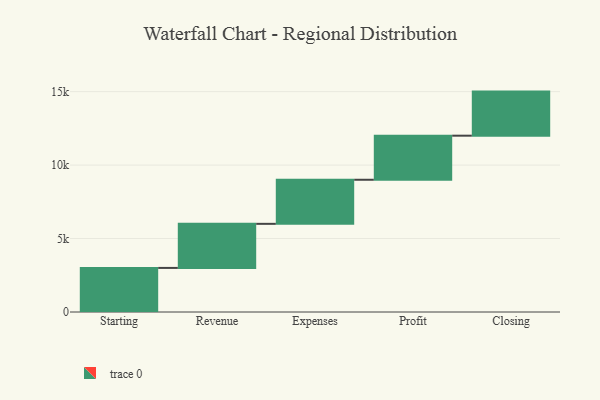
{"axis": {"x": "Step", "y": "Value"}, "legend": [""], "data": [{"x": "Starting", "y": 3000, "type": ""}, {"x": "Revenue", "y": 3000, "type": ""}, {"x": "Expenses", "y": 3000, "type": ""}, {"x": "Profit", "y": 3000, "type": ""}, {"x": "Closing", "y": 3000, "type": ""}]}